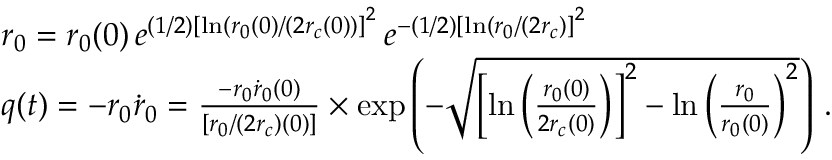
\begin{array} { r l } & { r _ { 0 } = r _ { 0 } ( 0 ) \, e ^ { \left( 1 / 2 \right) \left[ \ln ( r _ { 0 } ( 0 ) / ( 2 r _ { c } ( 0 ) ) \right] ^ { 2 } } \, e ^ { - \left( 1 / 2 \right) \left[ \ln ( r _ { 0 } / ( 2 r _ { c } ) \right] ^ { 2 } } } \\ & { q ( t ) = - r _ { 0 } \dot { r } _ { 0 } = \frac { - r _ { 0 } \dot { r } _ { 0 } ( 0 ) } { \left[ r _ { 0 } / \left( 2 r _ { c } \right) ( 0 ) \right] } \times \exp \left( - \sqrt { \left[ \ln \left( \frac { r _ { 0 } ( 0 ) } { 2 r _ { c } ( 0 ) } \right) \right] ^ { 2 } - \ln \left( \frac { r _ { 0 } } { r _ { 0 } ( 0 ) } \right) ^ { 2 } } \right) \, . } \end{array}